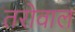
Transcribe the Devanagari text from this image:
तरोवाल